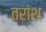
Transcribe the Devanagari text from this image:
तरांश